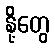
နို့တွေ